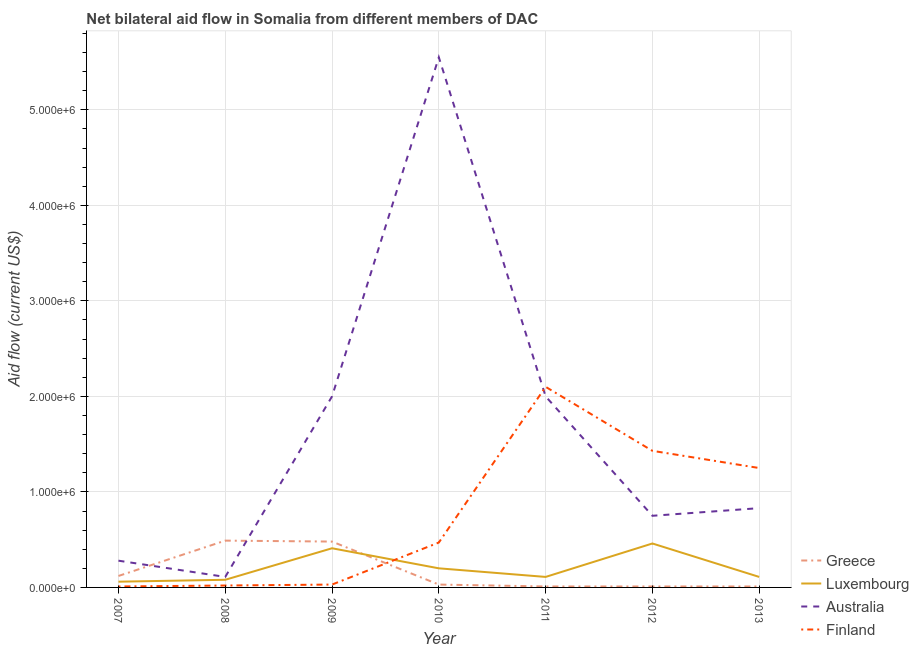
| Year | Greece | Luxembourg | Australia | Finland |
 | --- | --- | --- | --- | --- |
 | 2007 | 1.2e+05 | 6e+04 | 2.8e+05 | 1e+04 |
 | 2008 | 4.9e+05 | 8e+04 | 1.1e+05 | 2e+04 |
 | 2009 | 4.8e+05 | 4.1e+05 | 2e+06 | 3e+04 |
 | 2010 | 3e+04 | 2e+05 | 5.55e+06 | 4.7e+05 |
 | 2011 | 1e+04 | 1.1e+05 | 2e+06 | 2.1e+06 |
 | 2012 | 1e+04 | 4.6e+05 | 7.5e+05 | 1.43e+06 |
 | 2013 | 1e+04 | 1.1e+05 | 8.3e+05 | 1.25e+06 |